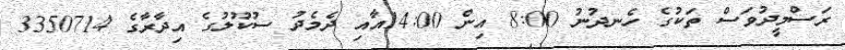
ރަސްމީދުވަސް ތަކުގެ ހެނދުނު 8:00 އިން 14:00އާއި ދެމެދު ސުކޫލުގެ އިދާރާގެ 3350714